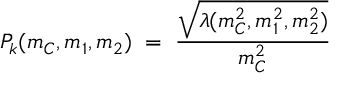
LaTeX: P _ { k } ( m _ { C } , m _ { 1 } , m _ { 2 } ) \; = \; \frac { \sqrt { \lambda ( m _ { C } ^ { 2 } , m _ { 1 } ^ { 2 } , m _ { 2 } ^ { 2 } ) } } { m _ { C } ^ { 2 } }